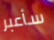
سأعبر